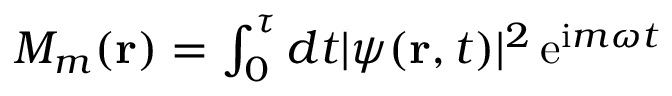
\begin{array} { r } { M _ { m } ( { \bf r } ) = \int _ { 0 } ^ { \tau } d t | \psi ( { \bf r } , t ) | ^ { 2 } \, \mathrm { e } ^ { \mathrm { i } m \omega t } } \end{array}